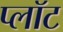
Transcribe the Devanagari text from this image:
प्‍लॉट